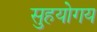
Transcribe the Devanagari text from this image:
सुहयोगय